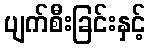
ပျက်စီးခြင်းနှင့်